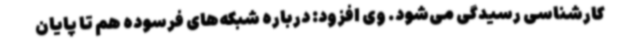
کارشناسی رسیدگی می‌شود. وی افزود: درباره شبکه‌های فرسوده هم تا پایان